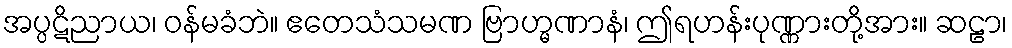
အပ္ပဋိညာယ၊ ဝန်မခံဘဲ။ ဧတေသံသမဏ ဗြာဟ္မဏာနံ၊ ဤရဟန်းပုဏ္ဏားတို့အား။ ဆဠာ၊